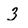
Character: 3